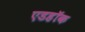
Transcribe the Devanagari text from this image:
एडहॉक